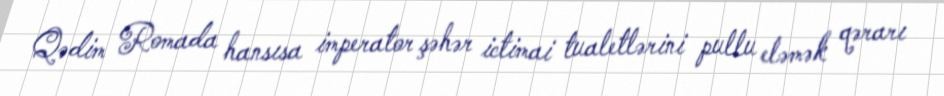
Qədim Romada hansısa imperator şəhər ictimai tualetlərini pullu eləmək qərarı